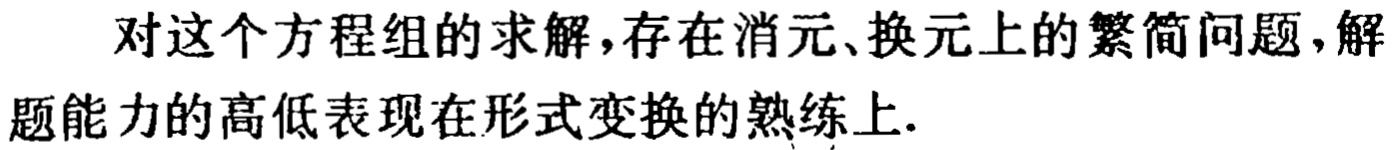
对这个方程组的求解，存在消元、换元上的繁简问题，解题能力的高低表现在形式变换的熟练上.